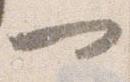
一